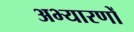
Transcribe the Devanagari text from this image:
अभ्यारणों